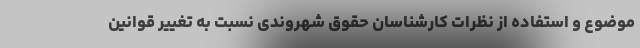
موضوع و استفاده از نظرات کارشناسان حقوق شهروندی نسبت به تغییر قوانین